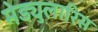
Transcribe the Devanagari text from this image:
मेड्युलारिस